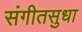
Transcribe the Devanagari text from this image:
संगीतसुधा